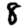
Digit: 8